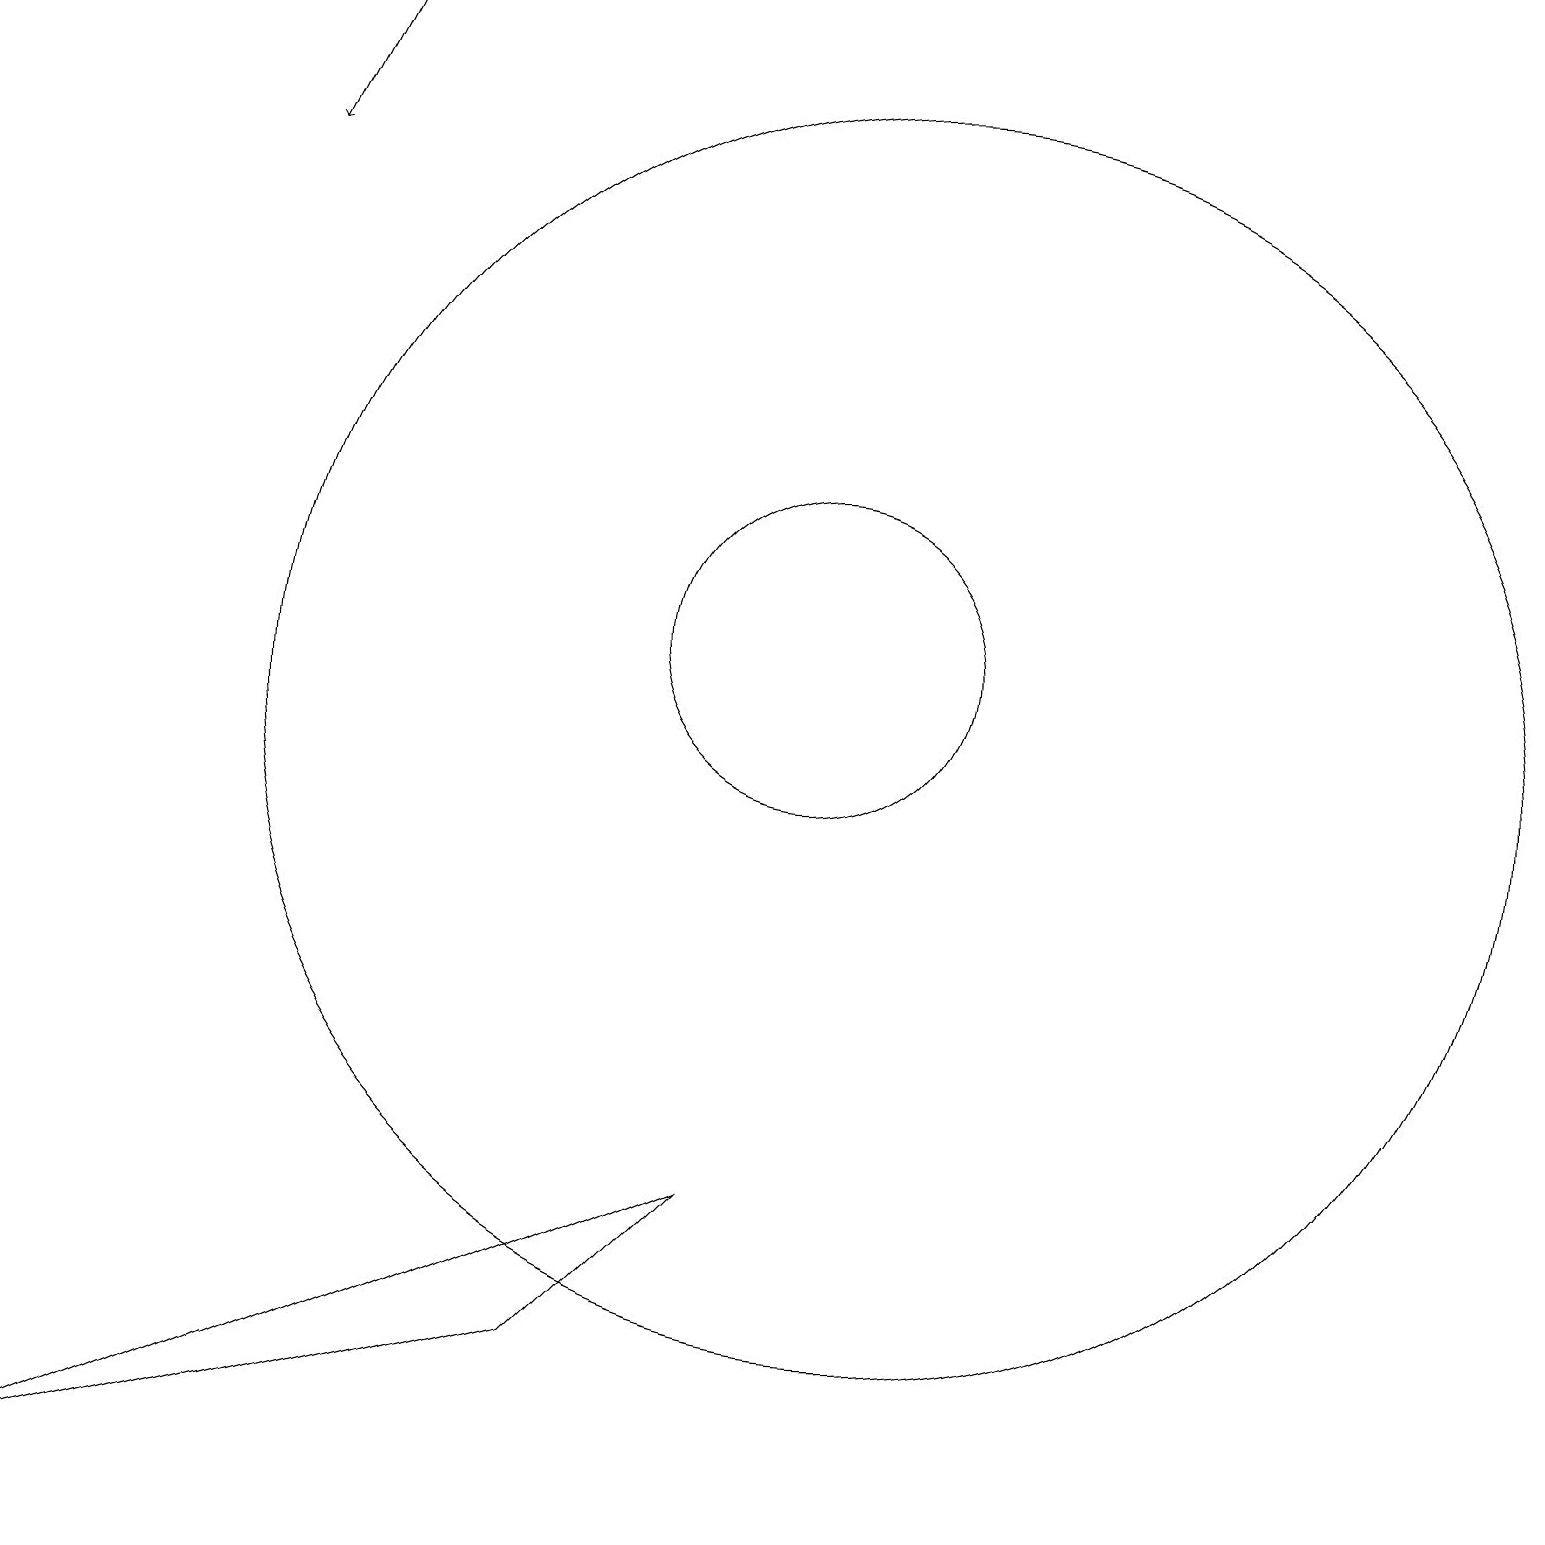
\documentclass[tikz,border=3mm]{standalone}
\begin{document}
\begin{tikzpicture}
\draw (10,11) circle (2);
\draw[->] (4,19) -- (3,17);
\draw (9,4) -- (7,2) -- (0,0) -- cycle;
\draw (11,10) circle (8);
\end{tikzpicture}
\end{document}